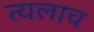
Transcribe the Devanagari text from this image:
त्यलाच